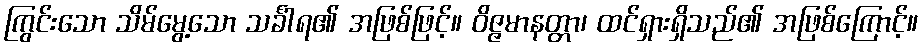
ကြွင်းသော သိမ်မွေ့သော သင်္ခါရ၏ အဖြစ်ဖြင့်။ ဝိဇ္ဇမာနတ္တာ၊ ထင်ရှားရှိသည်၏ အဖြစ်ကြောင့်။